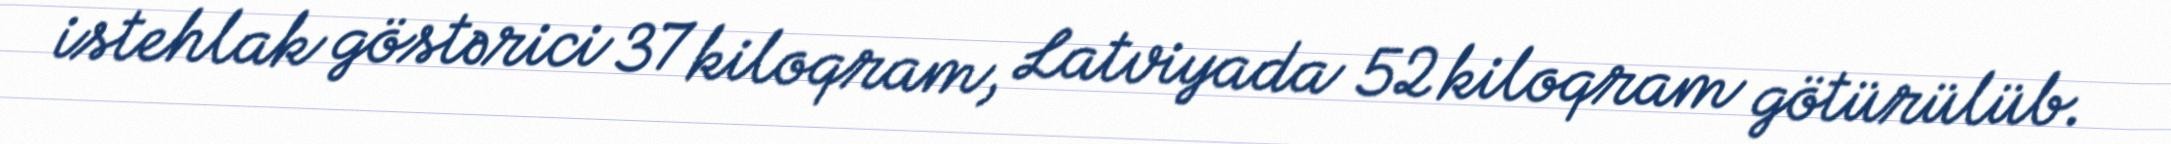
istehlak göstərici 37 kiloqram, Latviyada 52 kiloqram götürülüb.